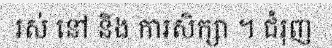
រស់ នៅ និង ការសិក្សា ។ ជំរុញ